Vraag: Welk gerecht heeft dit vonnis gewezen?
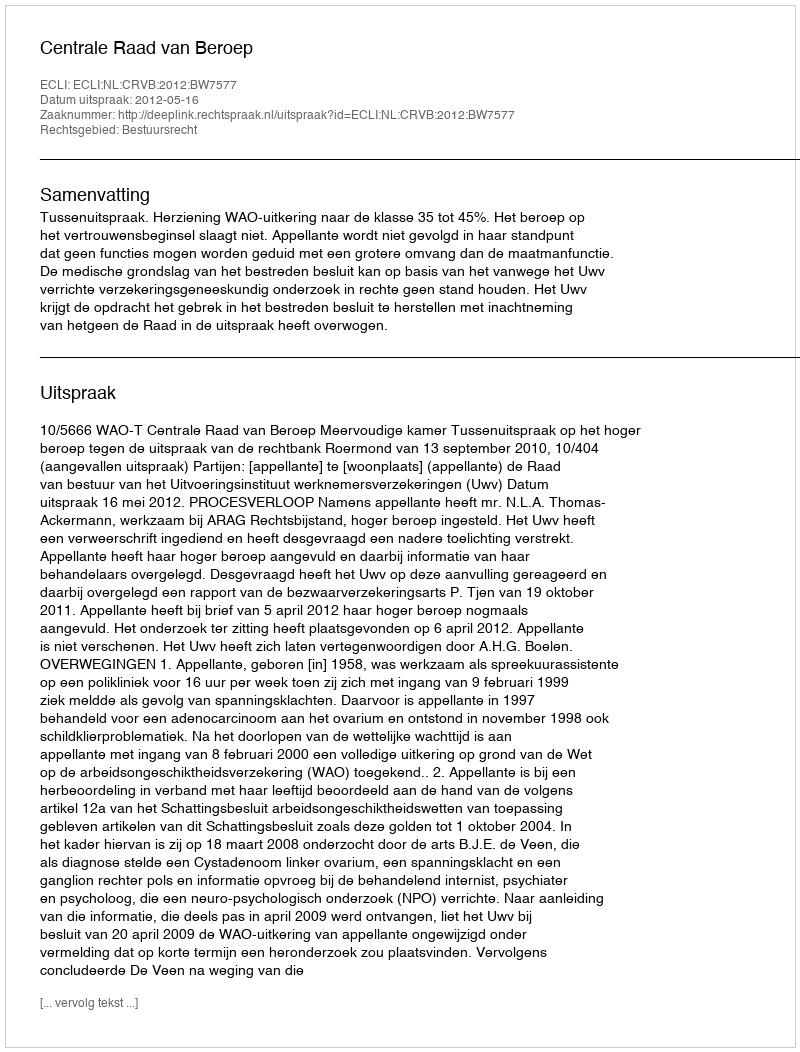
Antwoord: Centrale Raad van Beroep